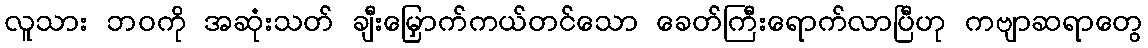
လူသား ဘဝကို အဆုံးသတ် ချီးမြှောက်ကယ်တင်သော ခေတ်ကြီးရောက်လာပြီဟု ကဗျာဆရာတွေ